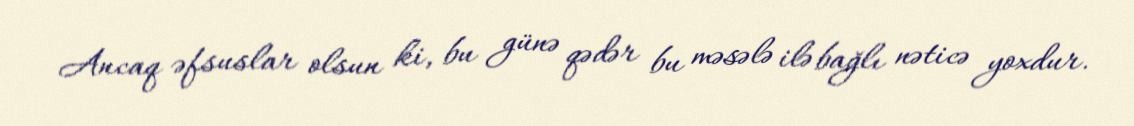
Ancaq əfsuslar olsun ki, bu günə qədər bu məsələ ilə bağlı nəticə yoxdur.